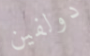
دولفين